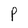
Character: P